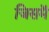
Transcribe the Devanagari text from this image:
जिसमॆं